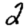
Digit: 2